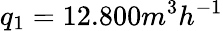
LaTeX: q_{1}=12.800m^{3}h^{-1}